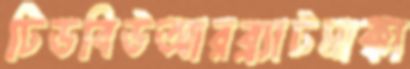
টিডবিউআরব্র্যাটমাক্কা